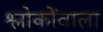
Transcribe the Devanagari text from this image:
श्लोकोंवाला